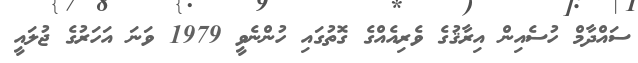
ސައްދާމް ހުސެއިން އިރާޤުގެ ވެރިއެއްގެ ގޮތުގައި ހުންނެވީ 1979 ވަނަ އަހަރުގެ ޖުލައީ